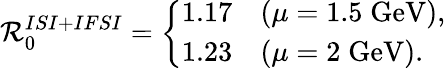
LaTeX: {\cal R}_{0}^{ISI+IFSI}=\left\{ \begin{array}{cl}{{1.17}}&{{(\mu=1.5\; \mathrm{GeV}),}}\\ {{1.23}}&{{(\mu=2\; \mathrm{GeV}).}}\end{array}\right.